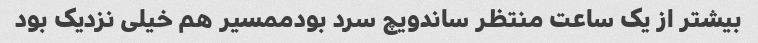
بیشتر از یک ساعت منتظر ساندویچ سرد بودممسیر هم خیلی نزدیک بود